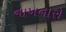
નાખનારો